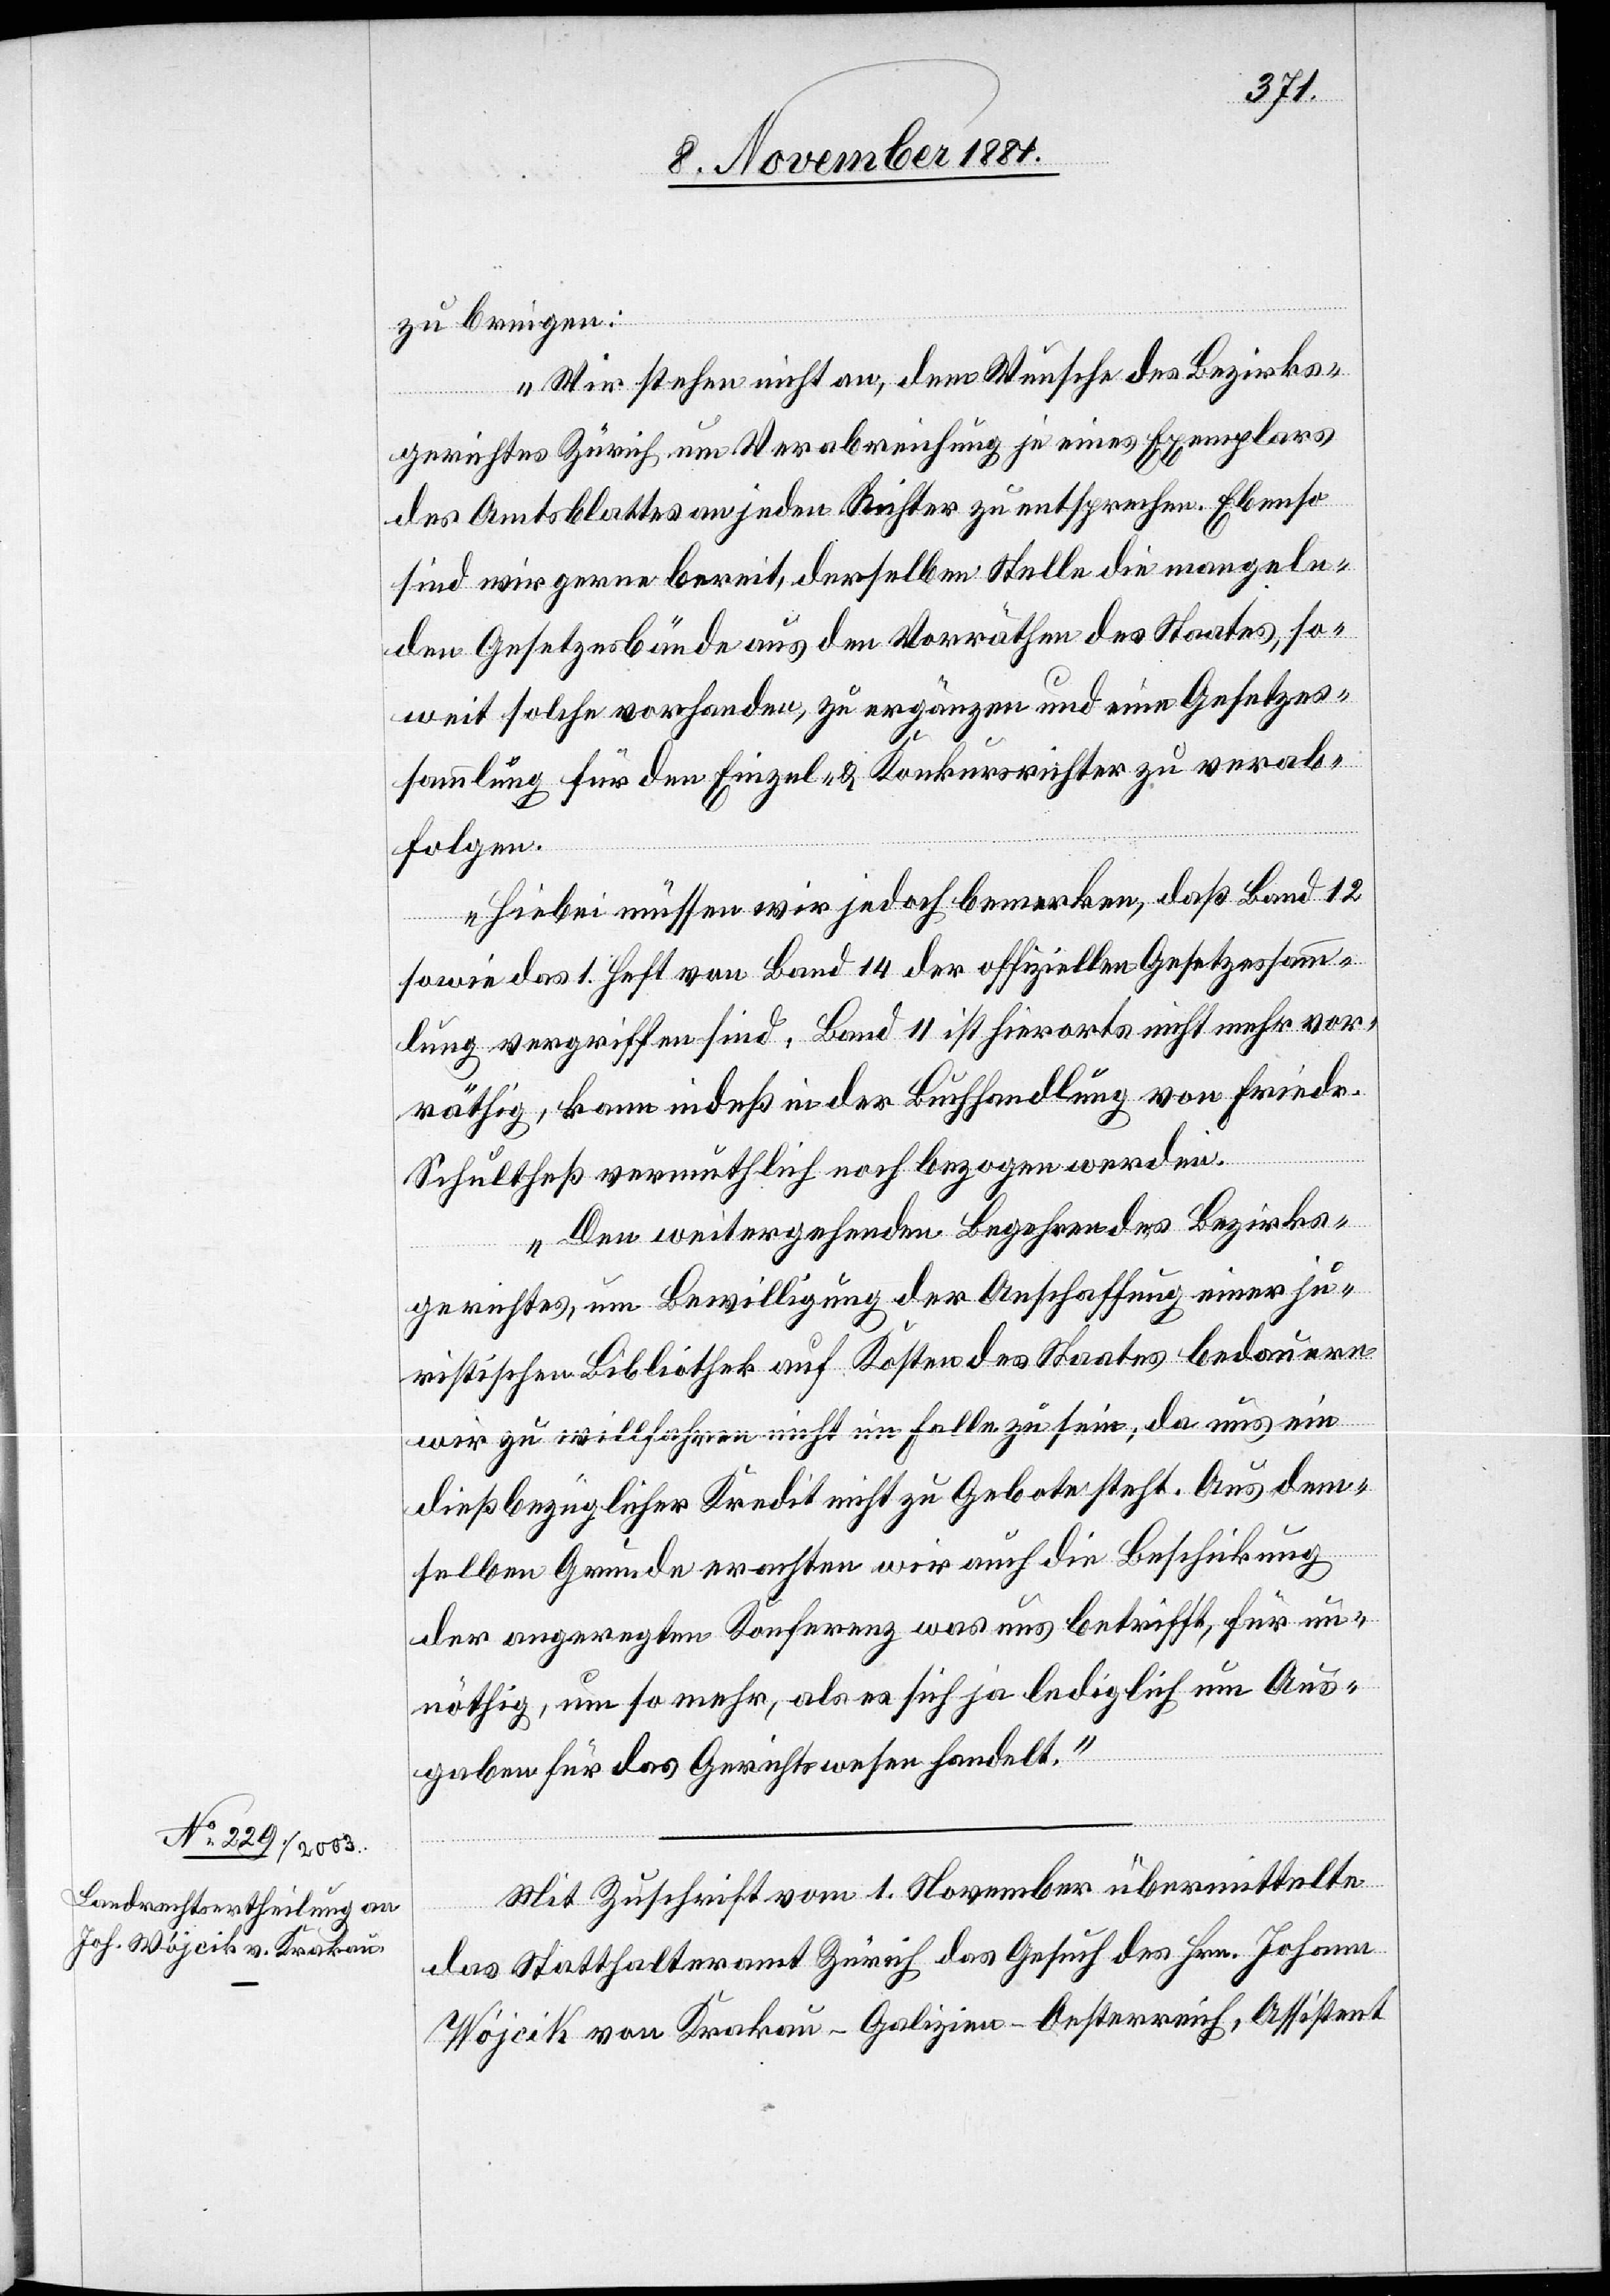
zu bringen:
Wir stehen nicht an, dem Wunsche des Bezirks¬
gerichtes Zürich um Verabreichung je eines Exemplars
des Amtsblattes an jeden Richter zu entsprechen. Ebenso
sind wir gerne bereit, derselben Stelle die mangeln¬
den Gesetzesbünde aus den Vorräthen des Staates, so¬
weit solche vorhanden, zu ergänzen und eine Gesetzes¬
sammlung für den Einzel- & Konkursrichter zu verab¬
folgen.
Hiebei müssen wir jedoch bemerken, daß Band 12
sowie das 1. Heft von Band 14 der offiziellen Gesetzessamm¬
lung vergriffen sind. Band 11 ist hierorts nicht mehr vor¬
räthig, kann indeß in der Buchhandlung von Friedr.
Schultheß vermuthlich noch bezogen werden.
Den weitergehenden Begehren des Bezirks¬
gerichtes, um Bewilligung der Anschaffung einer ju¬
ristischen Bibliothek auf Kosten des Staates bedauern
wir zu willfahren nicht im Falle zu sein; da uns ein
dießbezüglicher Kredit nicht zu Gebote steht. Aus dem¬
selben Grunde erachten wir auch die Beschickung
der angeregten Konferenz was uns betrifft, für un¬
nöthig, um so mehr, als es sich ja lediglich um Aus¬
gaben für das Gerichtswesen handelt.“
Mit Zuschrift vom 1. November übermittelte
das Statthalteramt Zürich das Gesuch des Hrn. Johann
Wojcik von Krakau-Galizien - Oesterreich, Assistent